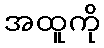
အထူကို